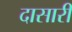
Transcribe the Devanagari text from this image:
दासारी